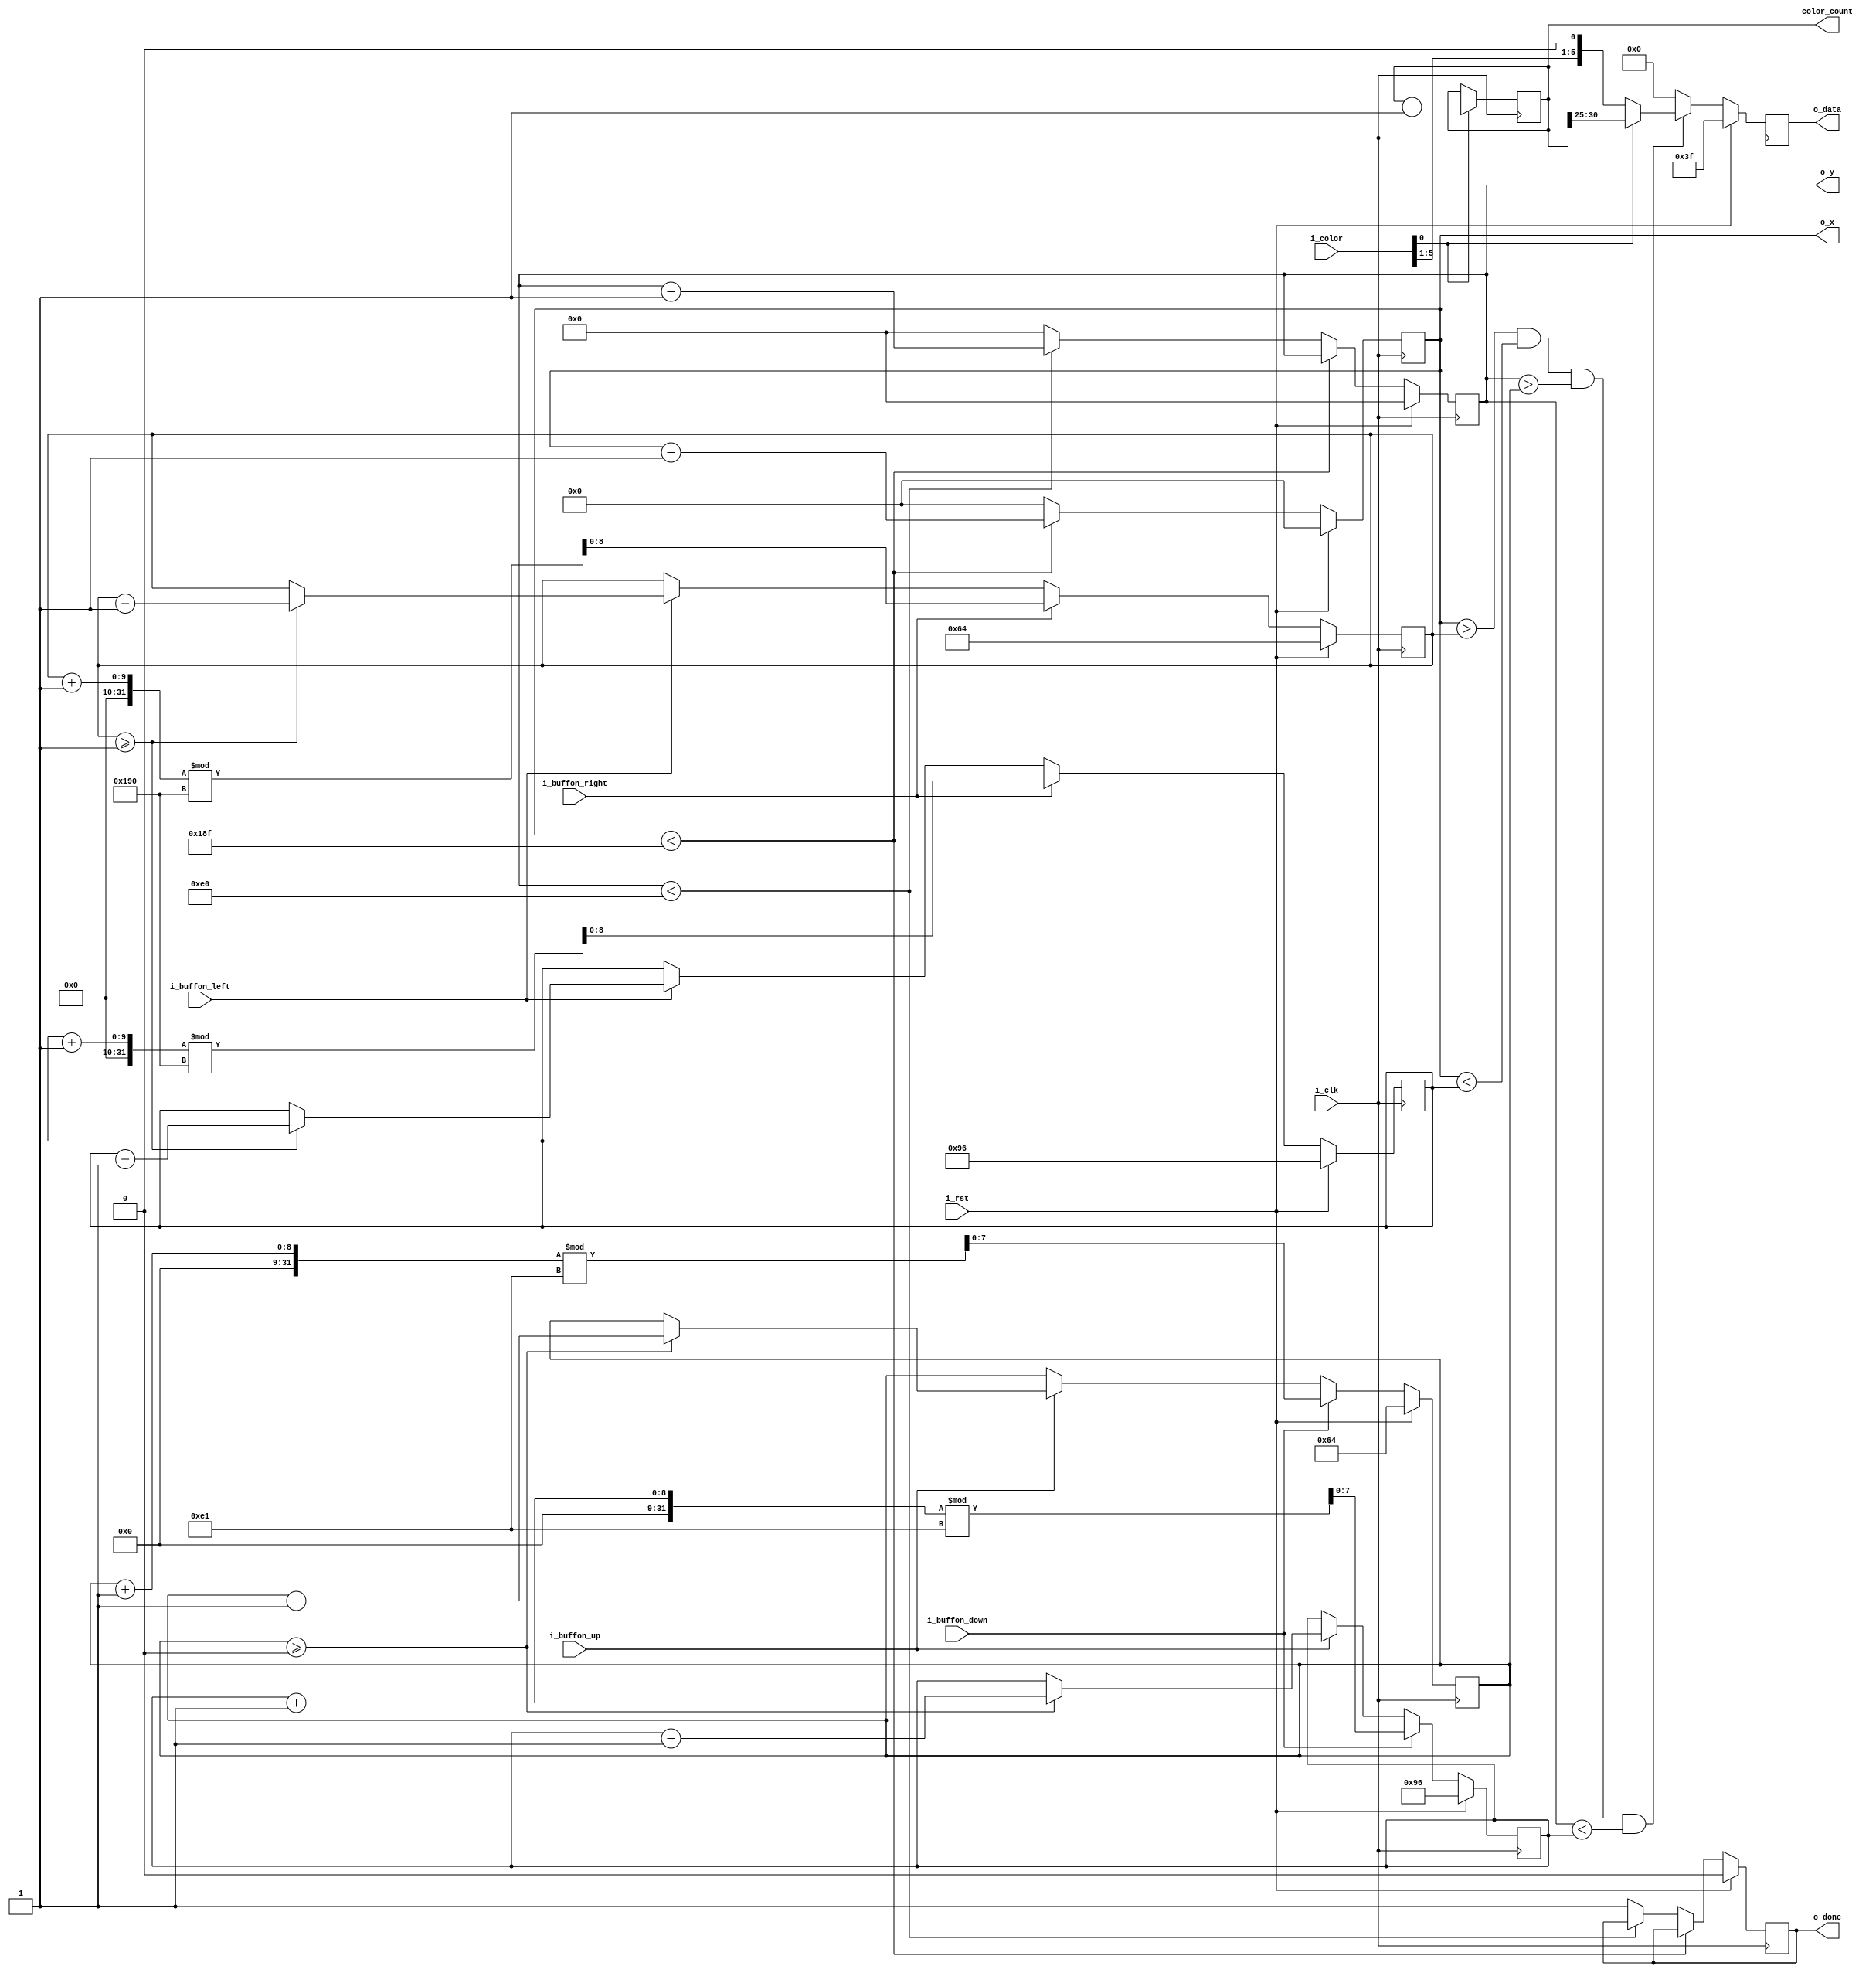
module DataGen(
input             i_clk,
input             i_rst,
input             i_buffon_up,
input             i_buffon_down,
input             i_buffon_left,
input             i_buffon_right,
input      [5:0]  i_color,
output reg [8:0]  o_x,
output reg [7:0]  o_y,
output reg [5:0]  o_data,
output reg        o_done,
output reg [30:0] color_count
);

reg done;
reg [8:0]  x_min;
reg [8:0]  x_max;
reg [7:0]  y_min;
reg [7:0]  y_max;


//This always block generates the address for the pixels, ie. the x and y co-ordinates
//x co-ordinate changes from 0 to 399 (width of the screen) and y co-ordinate changes
//from 0 to 224 (height of the screen). Once the complete screen is initialised, done
//signal is asserted.
always @(posedge i_clk)
begin
    if(i_rst)
    begin
        o_x     <= 0;
        o_y     <= 0;
		  o_done  <= 0;
    end
    else
    begin 
    // ADD X AND Y COUNTER CODE HERE  --> TASK 3
		 if(o_x < 399)
			o_x <= o_x + 1;
		 else
		 begin
			o_x <= 0;
			if(o_y < 224)
				o_y <= o_y + 1;
			else
			begin
				o_y <= 0;
				o_done <= 1;
			end
		end
	end			
end

//This block generates the data for display.
//The x and y maximum and minimum values are used to assign some value to the data
//Data is 6 bits wide, and each 2 bits represents a colour. In the valid range,
//Data is assigned some value and for other co-ordinates it is assigned zeor to keep the screen
//blank
always @(posedge i_clk)
begin
    if(i_rst)
	 begin
	     o_data  <=  6'b111_111;
	 end
	 else
	 begin
	    //if(o_x == o_y)
	    if(o_x > x_min & o_x < x_max & o_y > y_min & o_y < y_max)
		 begin
			if(i_color[0] == 1) //TASK 5 - assigning color_count[30:25]
				o_data <= color_count[30:25];
			else
				o_data <= i_color; //set the lower 6 switches to select a colour
       end
		 else
          o_data <= 6'b000000;
	 end
end

//TASK 5
always @ (posedge i_clk)
begin
	if (i_color[0])
	begin
		color_count <= color_count + 1;
	end
end

//This block controls the movement of the rectangle based on the user button press.
always @(posedge i_clk)
begin
    if(i_rst)
	 begin
	     x_min  <=  100;
	     x_max  <=  150;
	     y_min  <=  100;
	     y_max  <=  150;
	 end
	 else
	 begin
	 	// ADD UP AND DOWN BUTTON CODE HERE  --> TASK 4
		  if (i_buffon_up)
        begin
			if(y_min >= 0)
         begin
				y_min <= y_min - 1;
				y_max <= y_max - 1;
         end
        end
        if (i_buffon_down)
        begin
				//if(y_max <= 222)
            //begin
                y_min <= (y_min + 1)%225;
                y_max <= (y_max + 1)%225;
				//end
		  end

		//Left-Right
		  if(i_buffon_left)
		  begin
		      if(x_min >= 1)
				begin
				    x_min <= x_min - 1;
				    x_max <= x_max - 1;
				end	 
		  end
		  if(i_buffon_right)
		  begin
		      //if(x_max <= 399)
				//begin
				    x_min <= (x_min + 1)%400;
				    x_max <= (x_max + 1)%400;
				//end	 
		  end
	 end
end


endmodule